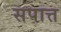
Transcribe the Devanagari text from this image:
सपात्त